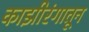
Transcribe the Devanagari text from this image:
काझीरंगातून